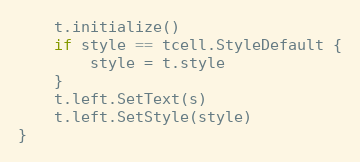
Language: Go
	t.initialize()
	if style == tcell.StyleDefault {
		style = t.style
	}
	t.left.SetText(s)
	t.left.SetStyle(style)
}